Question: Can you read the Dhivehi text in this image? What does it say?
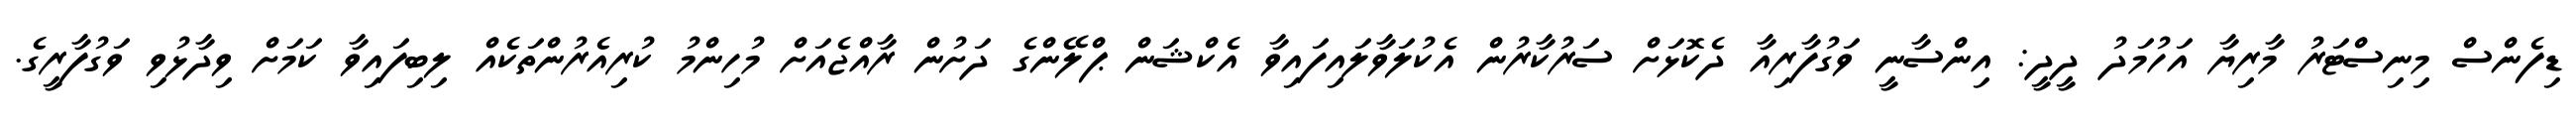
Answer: ޑިފެންސް މިނިސްޓަރު މާރިޔާ އަހުމަދު ދީދީ: އިންސާނީ ވަގުފާރިއާ ދެކޮޅަށް ސަރުކާރުން އެކުލަވާލައިފައިވާ އެކްޝަން ޕްލޭންގެ ދަށުން ރާއްޖެއަށް މުހިންމު ކުރިއެރުންތަކެއް ލިބިފައިވާ ކަމަށް ވިދާޅުވި ވަގުފާރީގެ.